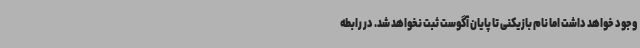
وجود خواهد داشت اما نام بازیکنی تا پایان آگوست ثبت نخواهد شد. در رابطه